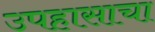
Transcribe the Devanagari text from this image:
उपहासाचा